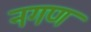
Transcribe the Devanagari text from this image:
नगण